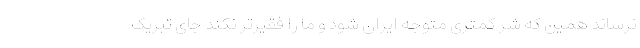
نرساند همین که شرّ کمتری متوجه ایران شود و ما را فقیرتر نکند جای تبریک